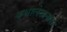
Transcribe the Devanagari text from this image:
कथालेखनास